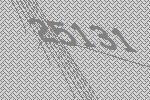
25131